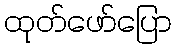
ထုတ်ဖော်ပြော